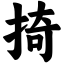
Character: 掎